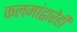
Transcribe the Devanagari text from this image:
कलमांद्वारेही